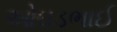
ઓઘડભાઈ